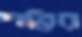
শন্তির